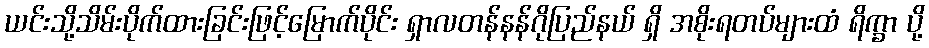
ယင်းသို့သိမ်းပိုက်ထားခြင်းဖြင့်မြောက်ပိုင်း ရှာလတန်နန်ဂိုပြည်နယ် ရှိ အစိုးရတပ်များထံ ရိက္ခာ ပို့